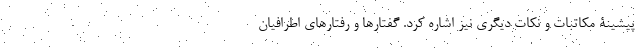
پیشینۀ مکاتبات و نکات دیگری نیز اشاره کرد. گفتارها و رفتارهای اطرافیان